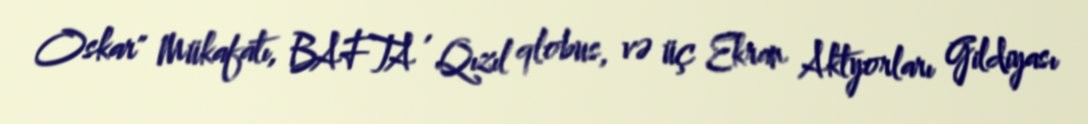
Oskar" Mükafatı, BAFTA , Qızıl qlobus, və üç Ekran Aktyorları Gildiyası